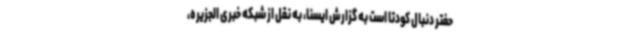
حفتر دنبال کودتا است به گزارش ایسنا، به نقل از شبکه خبری الجزیره،